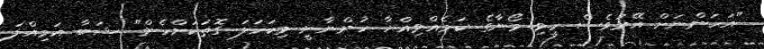
"އަހަންނަށް އޭރުވެސް ހީވި މޯނާގެ ކަމެއްވިއްޔާ ހުންނާނީ މިކަހަލަ ގޮތަކަށްހެން" ޝަބާ އަމިއްލަ